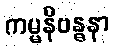
ကမ္မနိဗန္ဓနာ